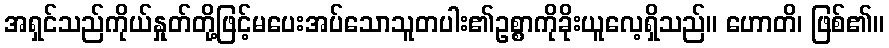
အရှင်သည်ကိုယ်နှုတ်တို့ဖြင့်မပေးအပ်သောသူတပါး၏ဥစ္စာကိုခိုးယူလေ့ရှိသည်။ ဟောတိ၊ ဖြစ်၏။